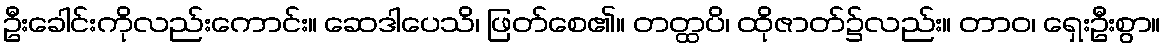
ဦးခေါင်းကိုလည်းကောင်း။ ဆေဒါပေသိ၊ ဖြတ်စေ၏။ တတ္ထပိ၊ ထိုဇာတ်၌လည်း။ တာဝ၊ ရှေးဦးစွာ။